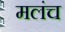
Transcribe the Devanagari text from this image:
मलंच